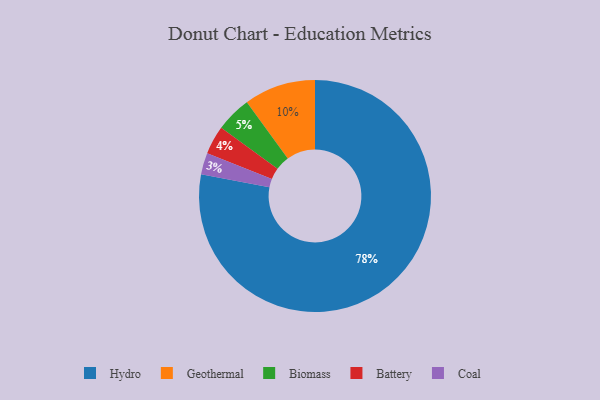
{"axis": {"x": "Category", "y": "Percentage"}, "legend": ["Battery", "Biomass", "Coal", "Geothermal", "Hydro"], "data": [{"x": "Geothermal", "y": 10, "type": "Geothermal"}, {"x": "Hydro", "y": 78, "type": "Hydro"}, {"x": "Battery", "y": 4, "type": "Battery"}, {"x": "Biomass", "y": 5, "type": "Biomass"}, {"x": "Coal", "y": 3, "type": "Coal"}]}